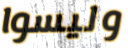
وليسوا